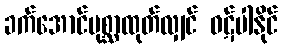
ခက်အောင်ပုစ္ဆာထုတ်လျှင် ဝဋ်ပါနိုင်